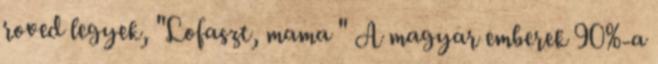
roved legyek, "Lofaszt, mama " A magyar emberek 90%-a